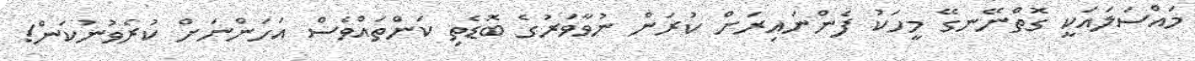
މައްސަލައަކީ ގޮތްނޭނގޭ މީހަކު ފެންނައިރަށް ކުރަން ނުވާވަރުގެ ބޮޑެތި ކަންތައްވެސް އަހަންނަށް ކުރެވުނުކަން!